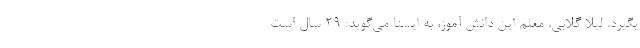
بگیرد. لیلا گلابی، معلم این دانش آموز، به ایسنا می‌گوید: ۲۹ سال است